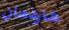
هاردمان